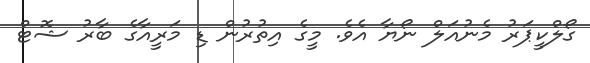
ގޯލްކީޕަރު މެނުއަލް ނޯޔާ އެވެ. މީގެ އިތުރުން ޑި މަރީއާގެ ބާރު ޝޮޓް